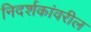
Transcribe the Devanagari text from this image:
निदर्शकांवरील